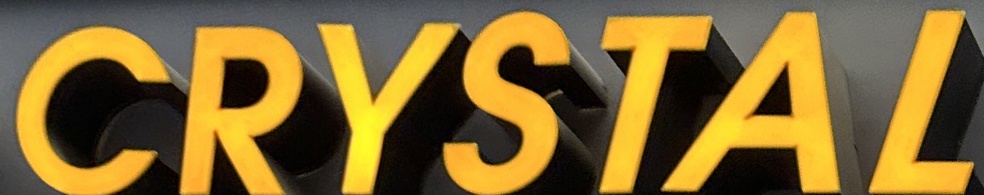
CRYSTAL